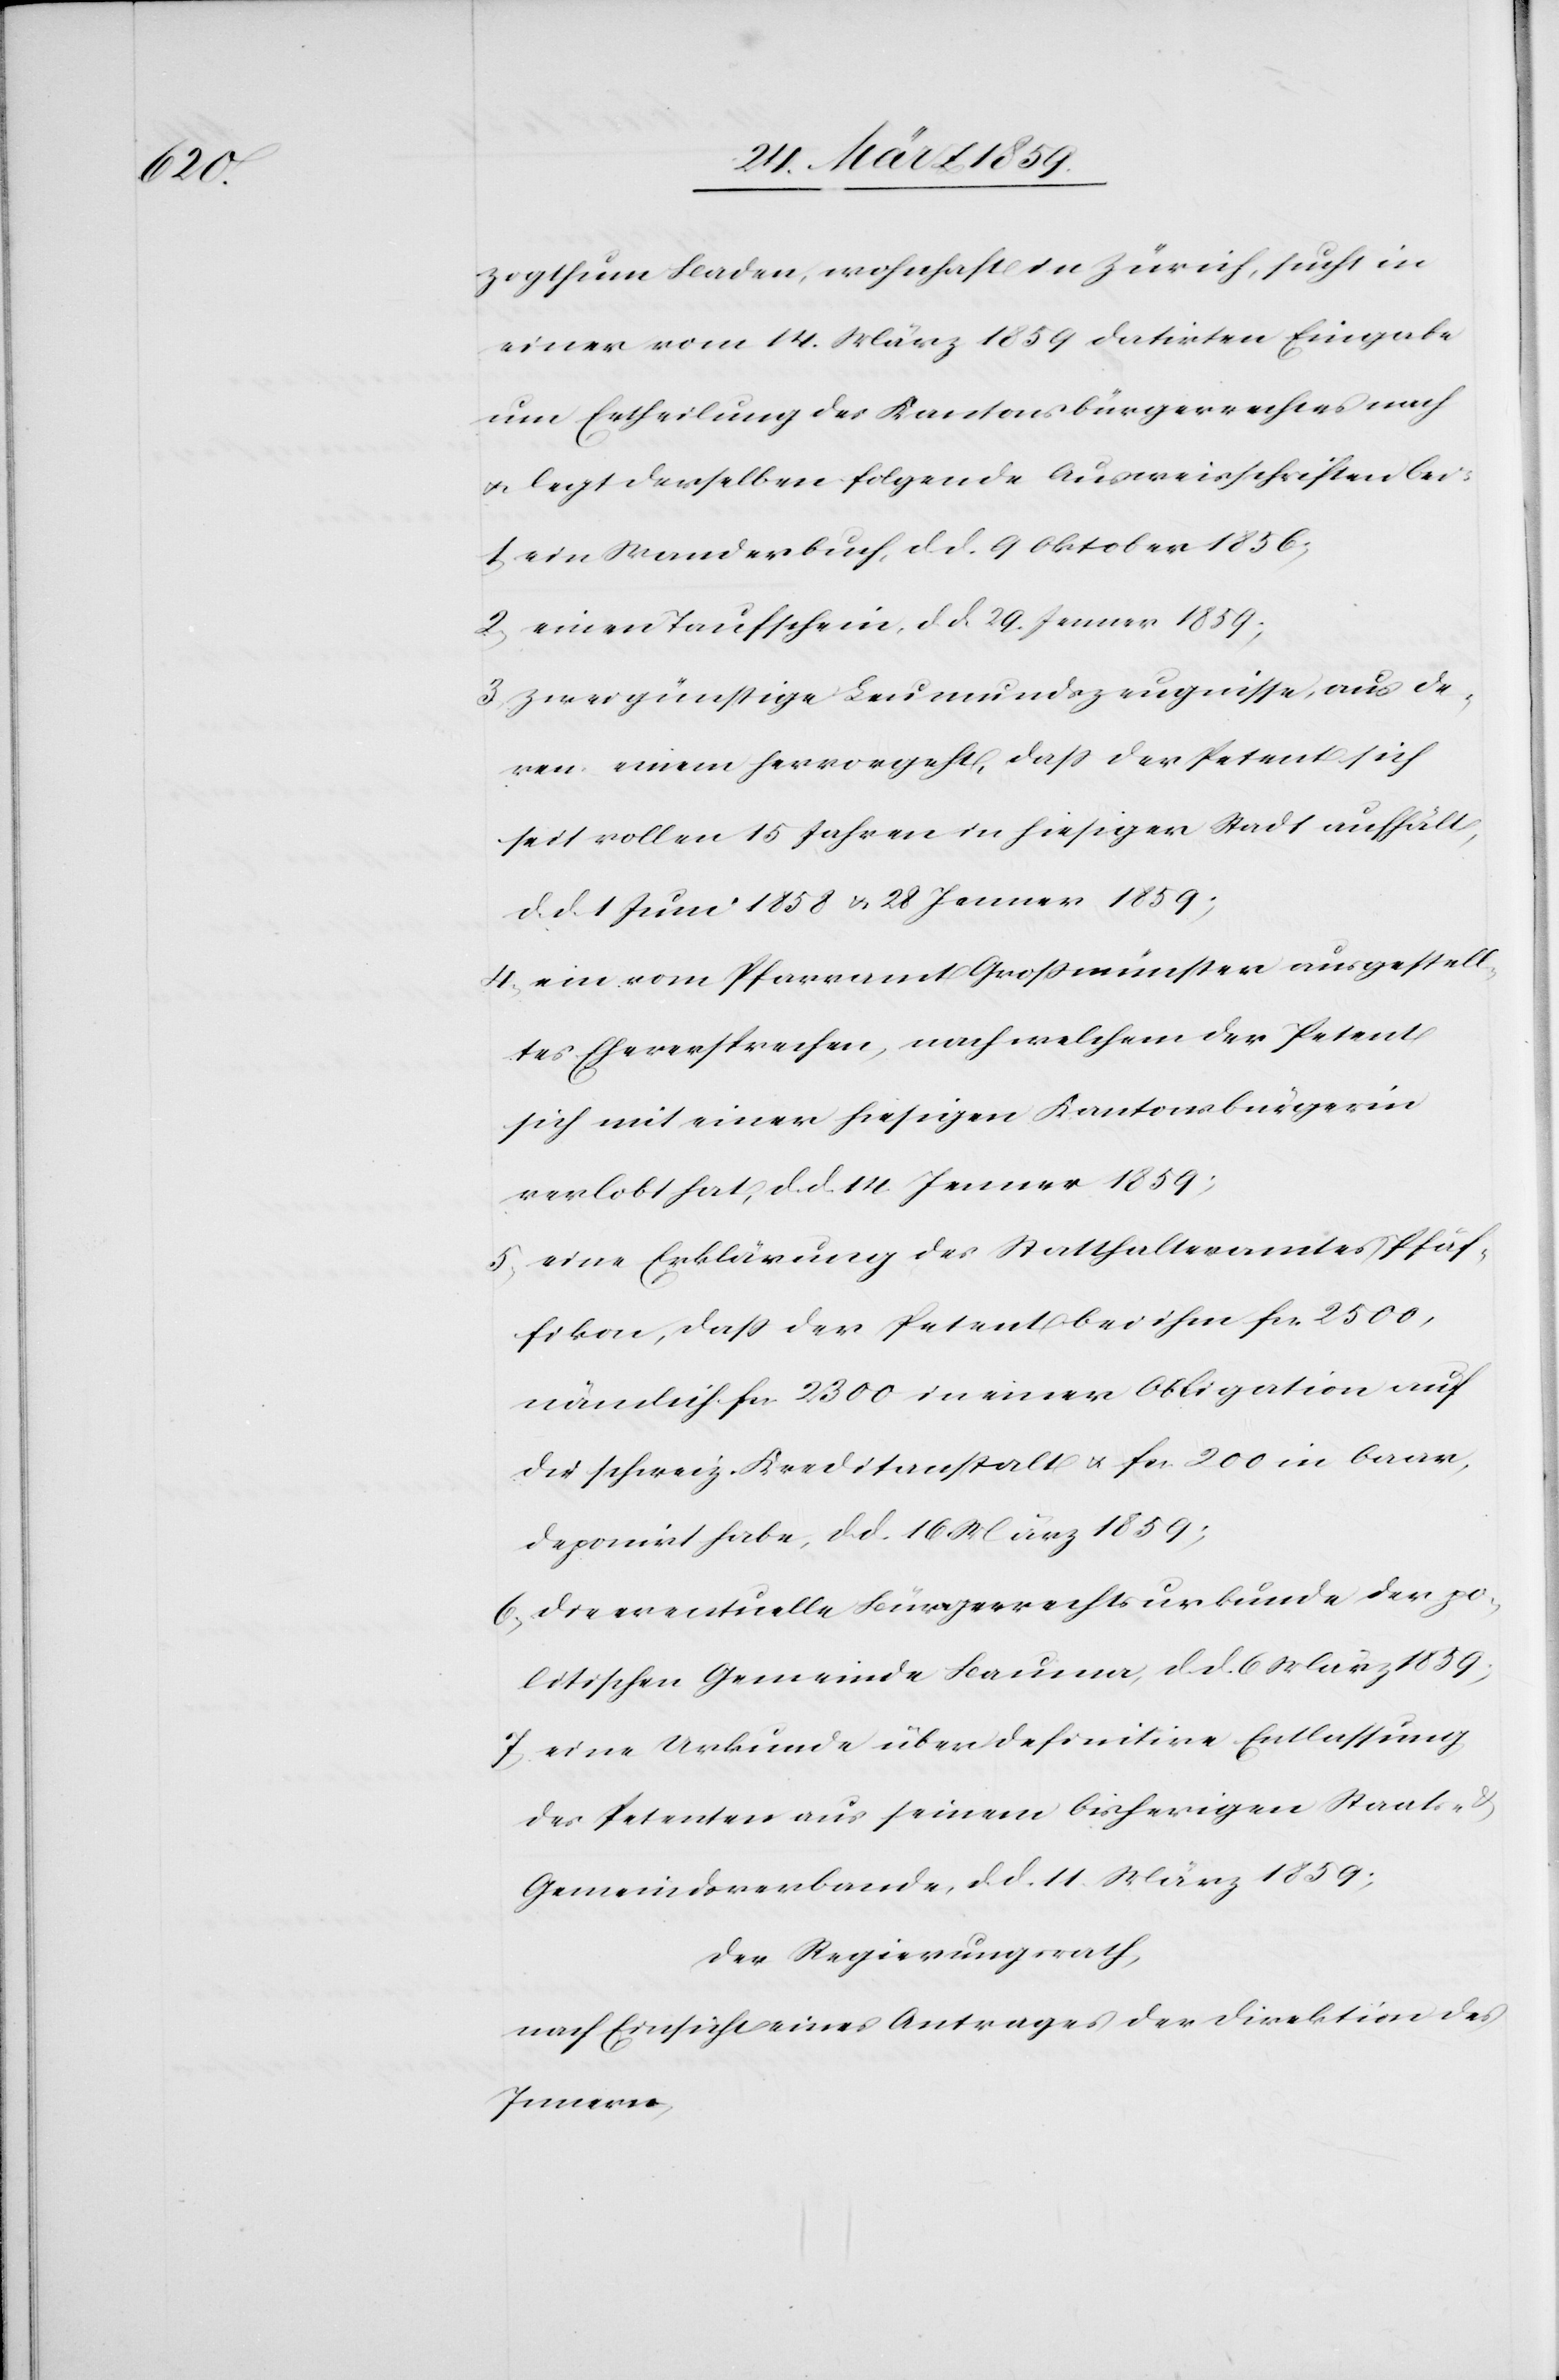
zogthum Baden, wohnhaft in Zürich, sucht in
einer vom 14. März 1859 datirten Eingabe
um Ertheilung des Kantonsbürgerrechtes nach
u. legt derselben folgende Ausweisschriften bei:
1) ein Wanderbuch, d. d. 9 Oktober 1856;
2) einen Taufschein, d. d. 29. Jenner 1859;
3) zwei günstige Leumundszeugnisse, aus de¬
ren einem hervorgeht, daß der Petent sich
seit vollen 15 Jahren in hiesiger Stadt aufhält,
d. d. 1 Juni 1858 u. 28 Jenner 1859;
4) ein vom Pfarramt Großmünster ausgestell¬
tes Eheversprechen, nach welchem der Petent
sich mit einer hiesigen Kantonsbürgerin
verlobt hat, d. d. 14. Jenner 1859;
5) eine Erklärung des Statthalteramtes Pfäf¬
fikon, daß der Petent bei ihm fcs. 2500,
nämlich fcs. 2300 in einer Obligation auf
die schweiz. Kreditanstalt u. fcs. 200 in baar,
deponirt habe, d. d. 16 März 1859;
6) die eventuelle Bürgerrechtsurkunde der po¬
litischen Gemeinde Bauma, d. d. 6 März 1859;
7) eine Urkunde über definitive Entlassung
des Petenten aus seinem bisherigen Staats-
Gemeindsverbande, d. d. 11. März 1859;
der Regierungsrath,
nach Einsicht eines Antrages der Direktion des
Innern,